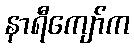
နာရီကျော်က